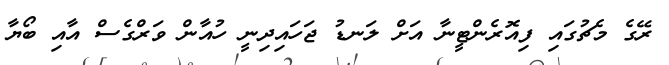
ރޭގެ މެޗުގައި ފިއޮރެންޓީނާ އަށް ލަނޑު ޖަހައިދިނީ ހުއާން ވަރްގެސް އާއި ބޯޔާ